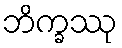
ဘိက္ခဿု